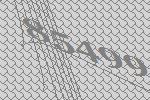
85499